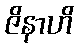
ဇိနာဟိ